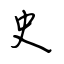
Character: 史